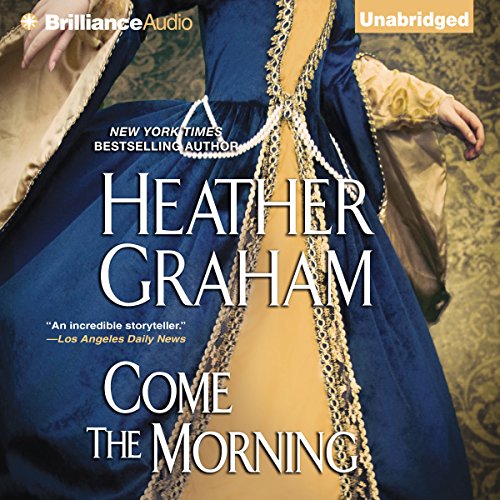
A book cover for Come the Morning: Graham Clan, Book 1; Heather Graham; Romance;